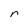
Character: r